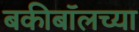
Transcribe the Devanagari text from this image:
बकीबॉलच्या